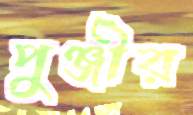
পুঞ্জীর